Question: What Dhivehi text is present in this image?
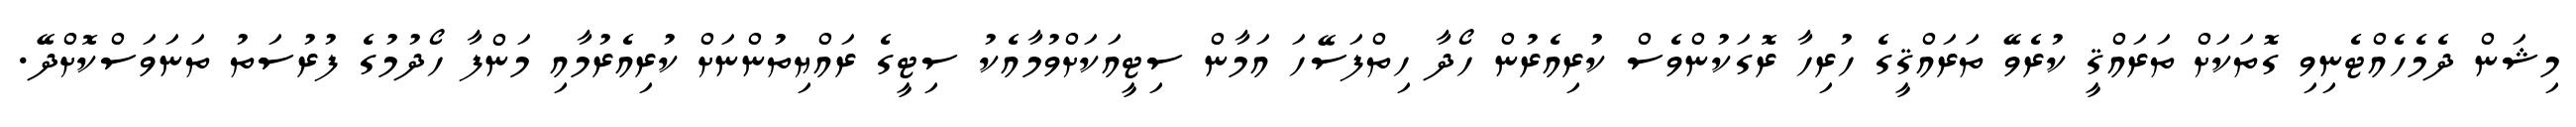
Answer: މިޝަން ދެމެހެއްޓެނިވި ގޮތަކަށް ތަރައްޤީ ކުރެވޭ ތަރައްޤީގެ ހުރިހާ ރޮގަކުންވެސް ކުރިއެރުން ހޯދާ ހިތްފަސޭހަ އަމާން ސިޓީއަކަށްވުމާއެކު ސިޓީގެ ރައްޔިތުންނަށް ކުރިއެރުމާއި މަންފާ ހޯދުމުގެ ފުރުސަތު ތަނަވަސްކޮށްދޭ.